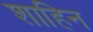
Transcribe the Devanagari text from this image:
शाहिन